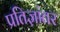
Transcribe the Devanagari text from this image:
प्रतिज्ञांतर